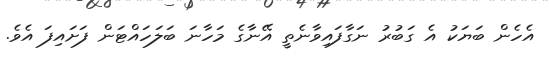
އެހެން ބަޔަކު އެ ގަބުރު ނަގާފައިވާނެތީ އޭނާގެ މަހާނަ ބަލަހައްޓަން ފަށައިފަ އެވެ.